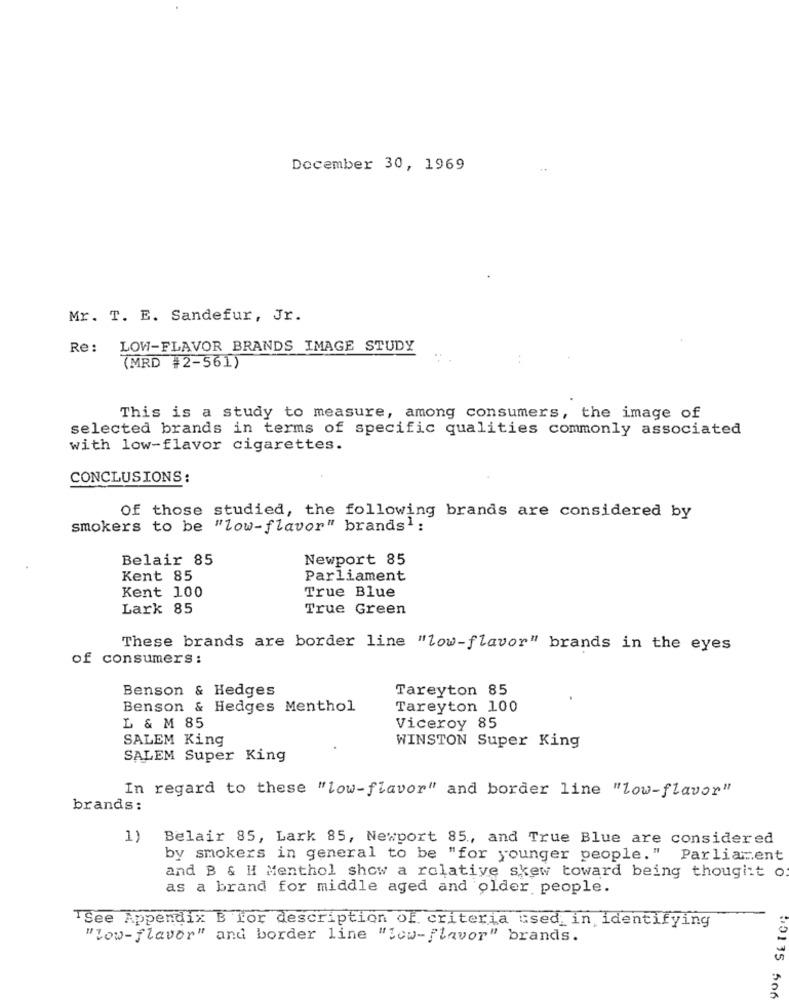
December 30, 1969
Mr. T. E. Sandefur, Jr.
Re: LOW-FLAVOR BRANDS IMAGE STUDY
(MRD #2-561)
This is a study to measure, among consumers, the image of
selected brands in terms of specific qualities commonly associated
with low-flavor cigarettes.
CONCLUSIONS:
Of those studied, the following brands are considered by
smokers to be "low-flavor" brands1 :
Belair 85
Newport 85
Kent 85
Parliament
True Blue
Kent 100
Lark 85
True Green
These brands are border line "low-flavor" brands in the eyes
of consumers:
Benson & Hedges
Tareyton 85
Benson & Hedges Menthol
Tareyton 100
L & M 85
Viceroy 85
SALEM King
WINSTON Super King
SALEM Super King
In regard to these "low-flavor" and border line "low-flavor"
brands:
1)
Belair 85, Lark 85, Newport 85 ., and True Blue are considered
by smokers in general to be "for younger people." Parliament
and B & H Menthol show a relative skew toward being thougitt o
as a brand for middle aged and older people.
SEICe
TSee Appendix B for description of criteria used, in identifying
"low-flavor" and border line "low-flavor" brands.